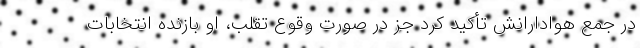
در جمع هوادارانش تأکید کرد جز در صورت وقوع تقلب، او بازنده انتخابات